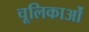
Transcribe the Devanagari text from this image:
चूलिकाओं